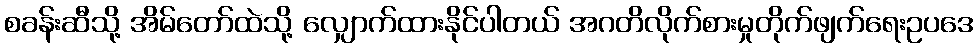
စခန်းဆီသို့ အိမ်တော်ထဲသို့ လျှောက်ထားနိုင်ပါတယ် အဂတိလိုက်စားမှုတိုက်ဖျက်ရေးဥပဒေ